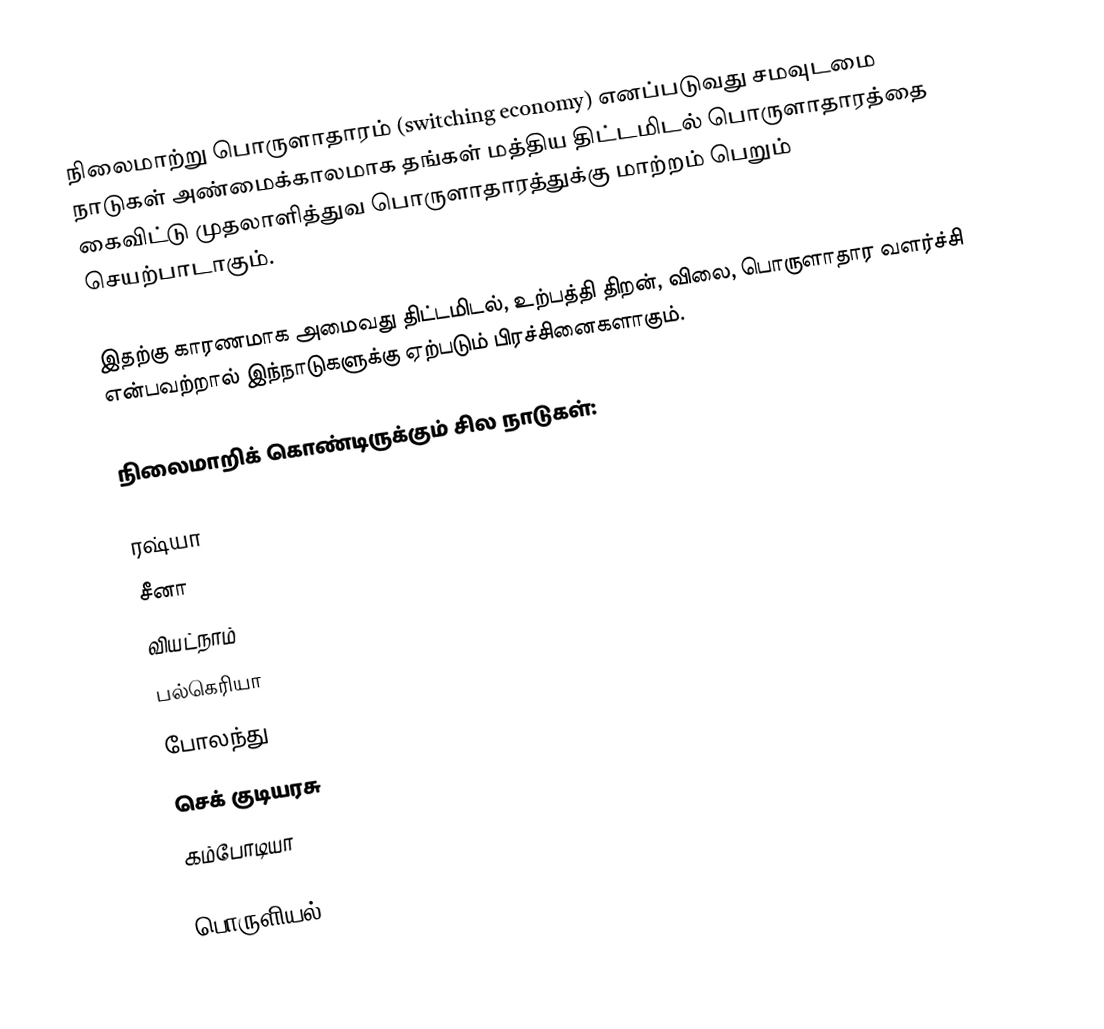
நிலைமாற்று பொருளாதாரம் (switching  economy) எனப்படுவது சமவுடமை நாடுகள் அண்மைக்காலமாக தங்கள் மத்திய திட்டமிடல் பொருளாதாரத்தை கைவிட்டு முதலாளித்துவ பொருளாதாரத்துக்கு மாற்றம் பெறும் செயற்பாடாகும்.

இதற்கு காரணமாக அமைவது திட்டமிடல், உற்பத்தி திறன், விலை, பொருளாதார வளர்ச்சி என்பவற்றால் இந்நாடுகளுக்கு ஏற்படும் பிரச்சினைகளாகும்.

நிலைமாறிக் கொண்டிருக்கும் சில நாடுகள்:

 ரஷ்யா
 சீனா
 வியட்நாம்
 பல்கெரியா
 போலந்து
 செக் குடியரசு
 கம்போடியா

பொருளியல்